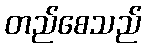
တည်စေသည်